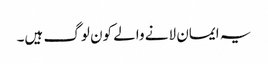
یہ ایمان لانے والے کون لوگ ہیں۔